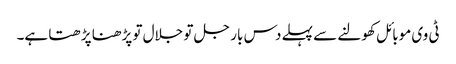
ٹی وی موبائل کھولنے سے پہلے دس بار جل تو جلال تو پڑھنا پڑھتا ہے۔